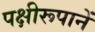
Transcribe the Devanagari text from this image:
पक्षीरूपानें